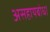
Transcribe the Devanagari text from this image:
असहायबोध।